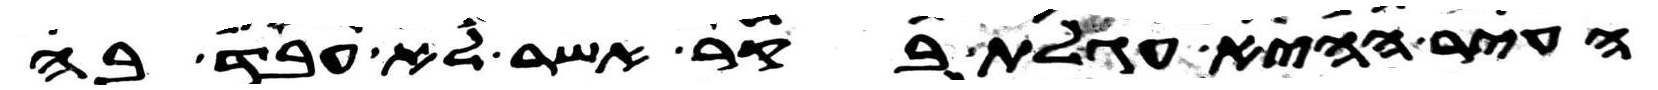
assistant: העיר ההיא עגלת בקר אשר לא עבד בה